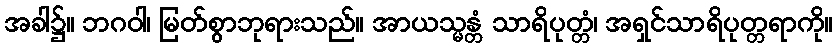
အခါ၌။ ဘဂဝါ၊ မြတ်စွာဘုရားသည်။ အာယသ္မန္တံ သာရိပုတ္တံ၊ အရှင်သာရိပုတ္တရာကို။